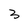
Character: 3